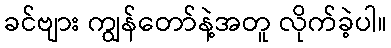
ခင်ဗျား ကျွန်တော်နဲ့အတူ လိုက်ခဲ့ပါ။